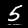
Label: 5